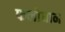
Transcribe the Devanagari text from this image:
फलोघान